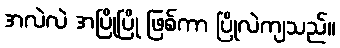
အလဲလဲ အပြိုပြို ဖြစ်ကာ ပြိုလဲကျသည်။